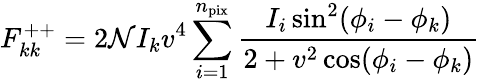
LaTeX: F_{kk}^{++}=2\mathcal{N}I_{k}v^{4}\sum_{i=1}^{n_{\mathrm{pix}}}\frac{I_{i}\sin^{2}(\phi_{i}-\phi_{k})}{2+v^{2}\cos(\phi_{i}-\phi_{k})}